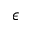
\epsilon